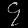
Digit: ၄